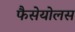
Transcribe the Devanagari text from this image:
फैसेयोलस